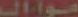
مواال